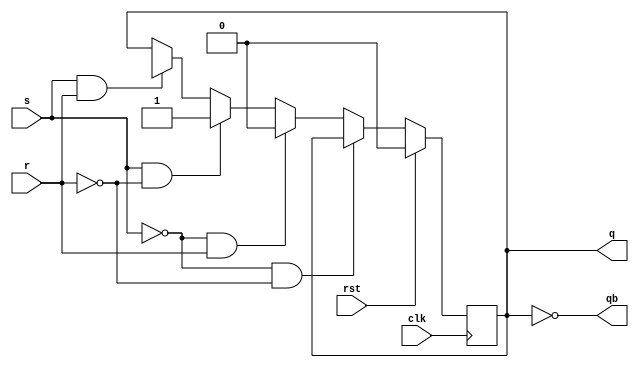
module srff(s,r,clk,rst,q,qb);
	input s,r,clk,rst;
	output q,qb;
	wire s,r,clk,rst,qb;
	reg q;
always @ (posedge clk)
	begin
	if(rst)
	q<=1'b0;
		else if (s==1'b0 && r==1'b0)
				q<=q;
		else if (s==1'b0&& r==1'b1)
				q<=1'b0;
		else if (s==1'b1 && r==1'b0)
				q<=1'b1;
		else if (s==1'b1 && r==1'b1)
		q<=1'bx;
		end
		assign qb=~q;
endmodule

module srff_tb;
	reg s,r,clk,rst;
	wire q,qb;
	srff srflipflop(.s(s),.r(r),.clk(clk),.rst(rst),.q(q),.qb(qb));
 
	initial
	begin
 	clk=0;
 	s = 0;
 	r = 0;
	#5 rst = 1;
	#30 rst = 0;
 	$monitor($time, "\tclk=%b\t ,rst=%b\t, s=%b\t,r=%b\t,  q=%b\t, qb=%b",clk,rst,s,r,q,qb);
 	#100 $finish;
	end
 	always #5  clk = ~clk;
 	always #30 s = ~s;
	always #40 r = ~r;
 endmodule